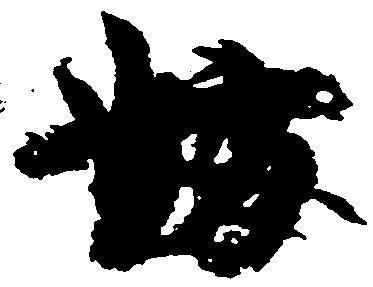
妨